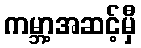
ကမ္ဘာ့အဆင့်မှီ